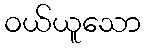
ဝယ်ယူသော